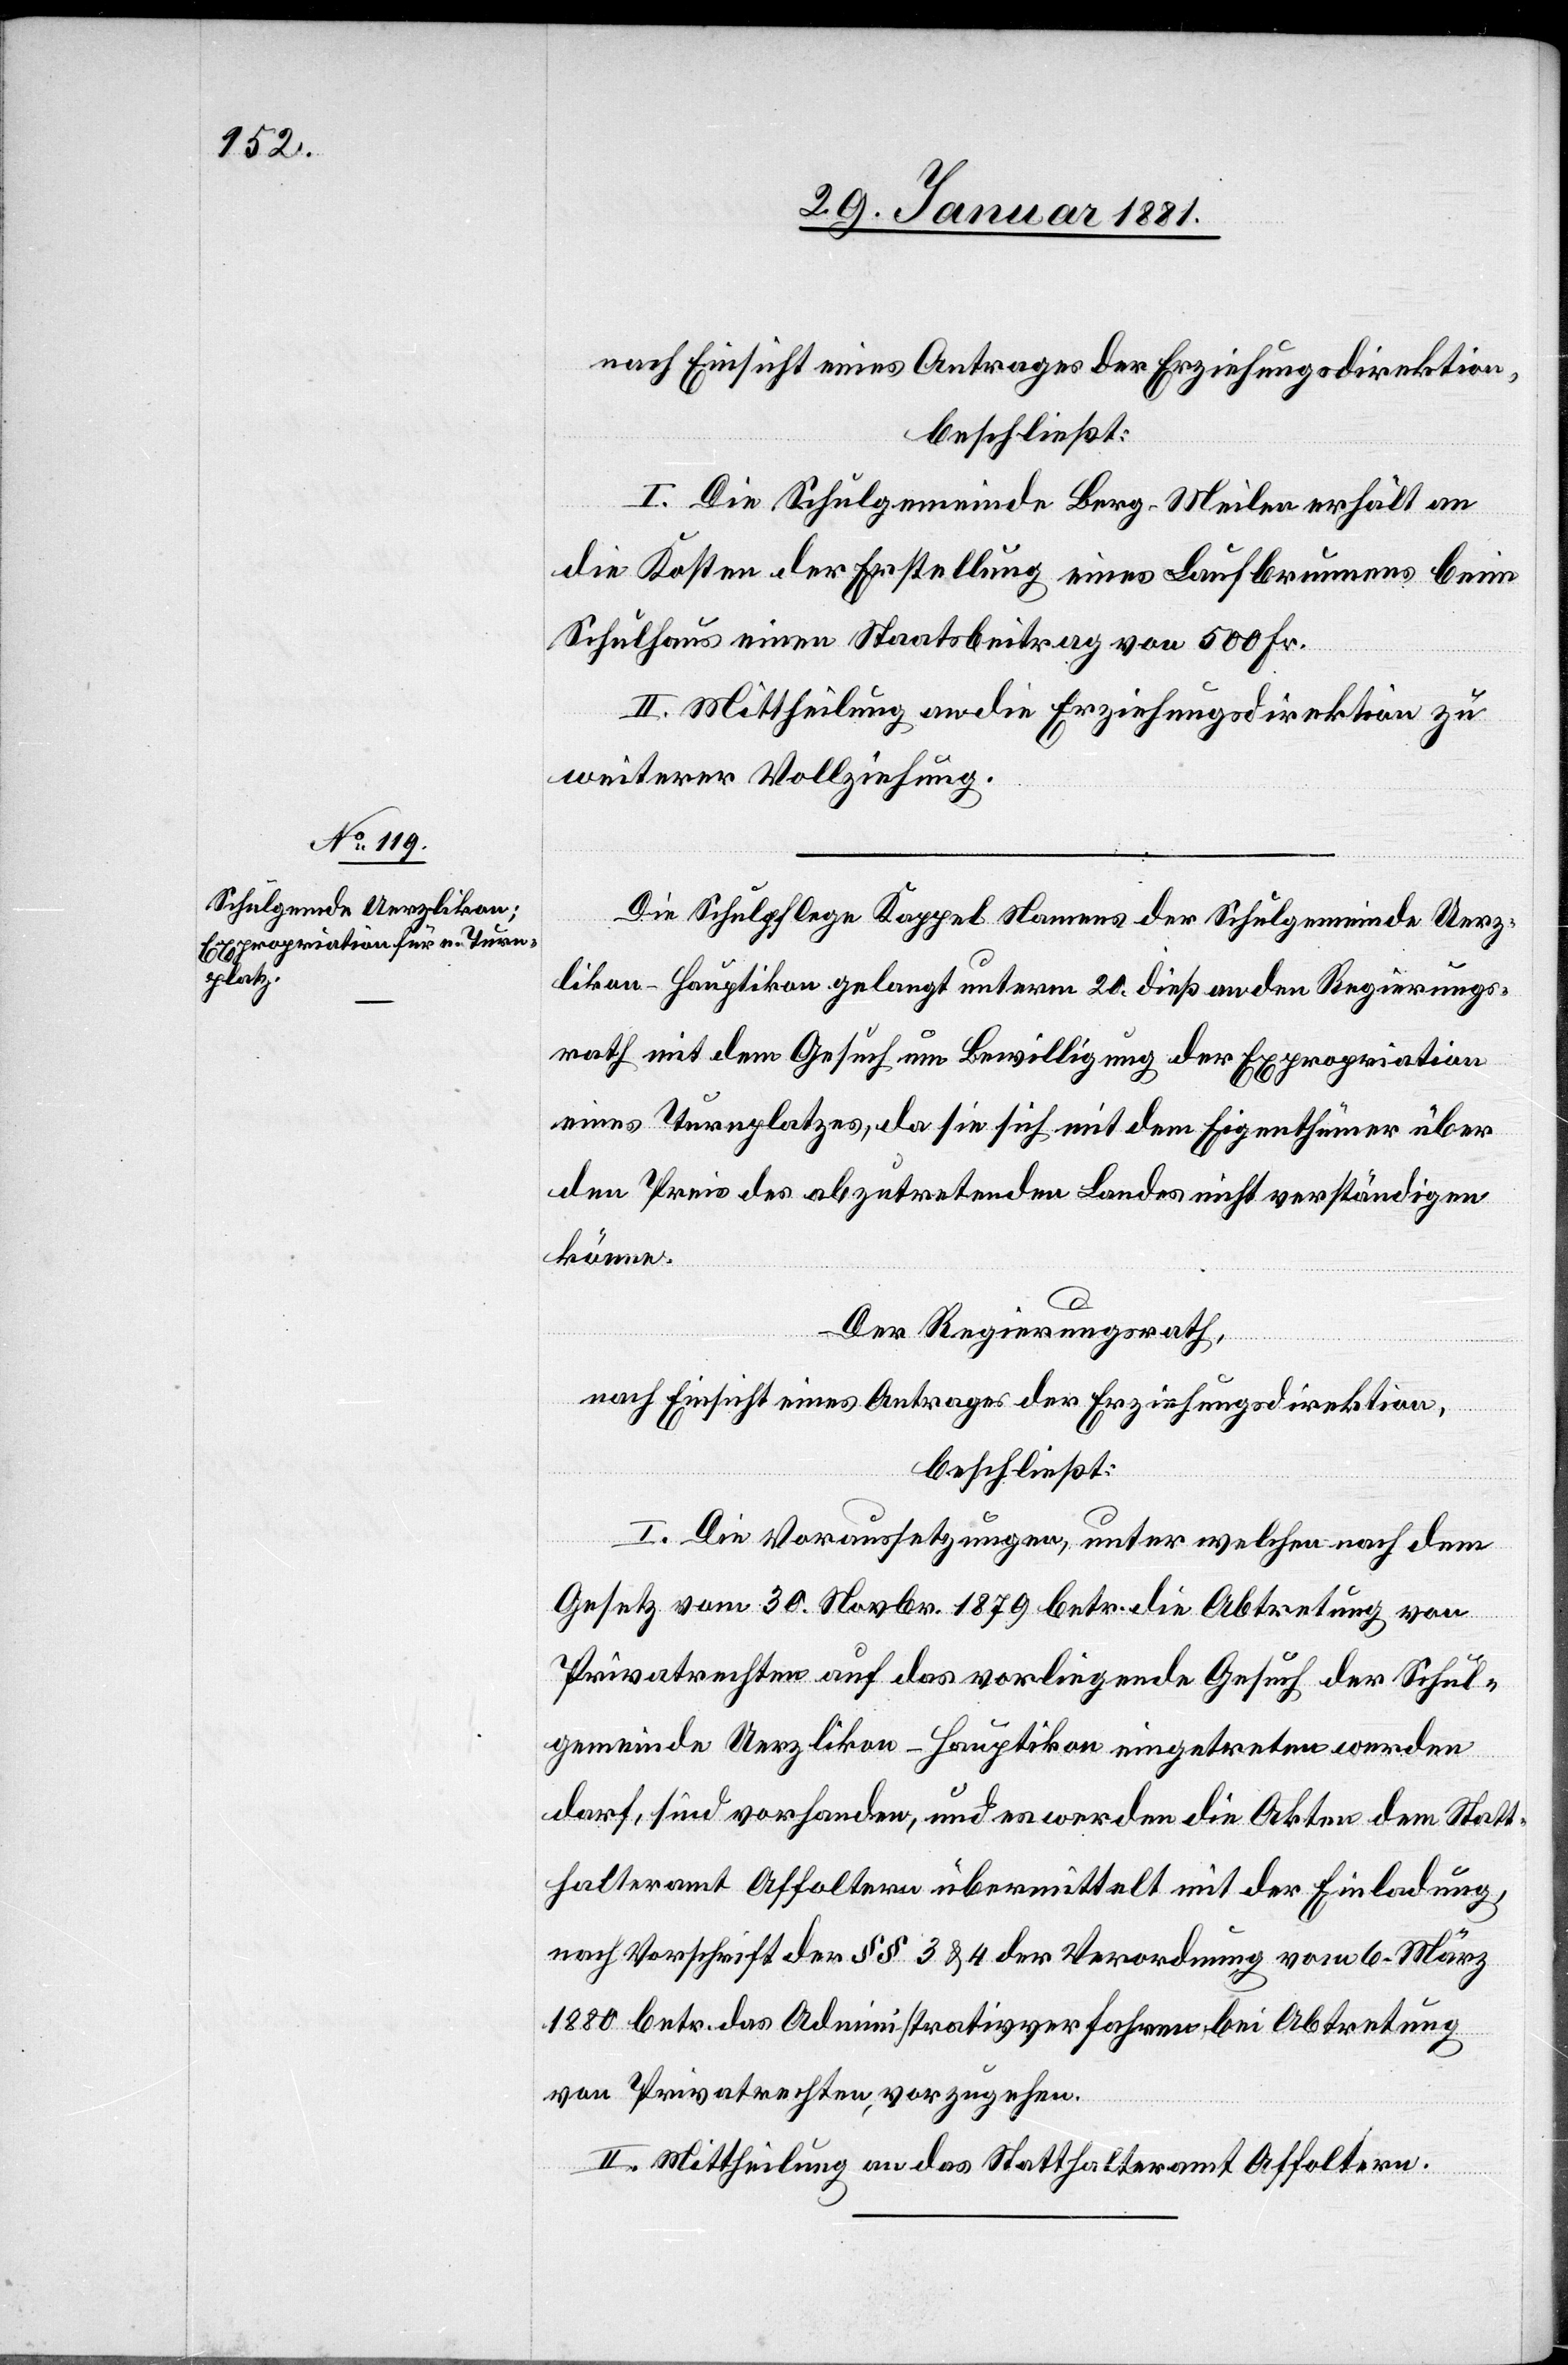
Die Schulpflege Kappel Namens der Schulgemeinde Uerz¬
likon-Hauptikon gelangt unterm 20. dieß an den Regierungs¬
rath mit dem Gesuch um Bewilligung der Expropriation
eines Turnplatzes, da sie sich mit dem Eigenthümer über
den Preis des abzutretenden Landes nicht verständigen
könne.
Der Regierungsrath,
nach Einsicht eines Antrages der Erziehungsdirektion,
beschließt:
I. Die Voraussetzungen, unter welchen nach dem
Gesetz vom 30. Novbr. 1879 betr. die Abtretung von
Privatrechten auf das vorliegende Gesuch der Schul¬
gemeinde Uerzlikon-Hauptikon eingetreten werden
darf, sind vorhanden, und es werden die Akten dem Statt¬
halteramt Affoltern übermittelt mit der Einladung,
nach Vorschrift der §§ 3 & 4 der Verordnung vom 6. März
1880 betr. das Administrativverfahren die Abtretung
von Privatrechten, vorzunehmen.
II. Mittheilung an das Statthalteramt Affoltern.